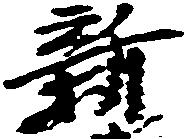
新